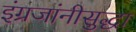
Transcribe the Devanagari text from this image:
इंग्रजांनीसुद्धा